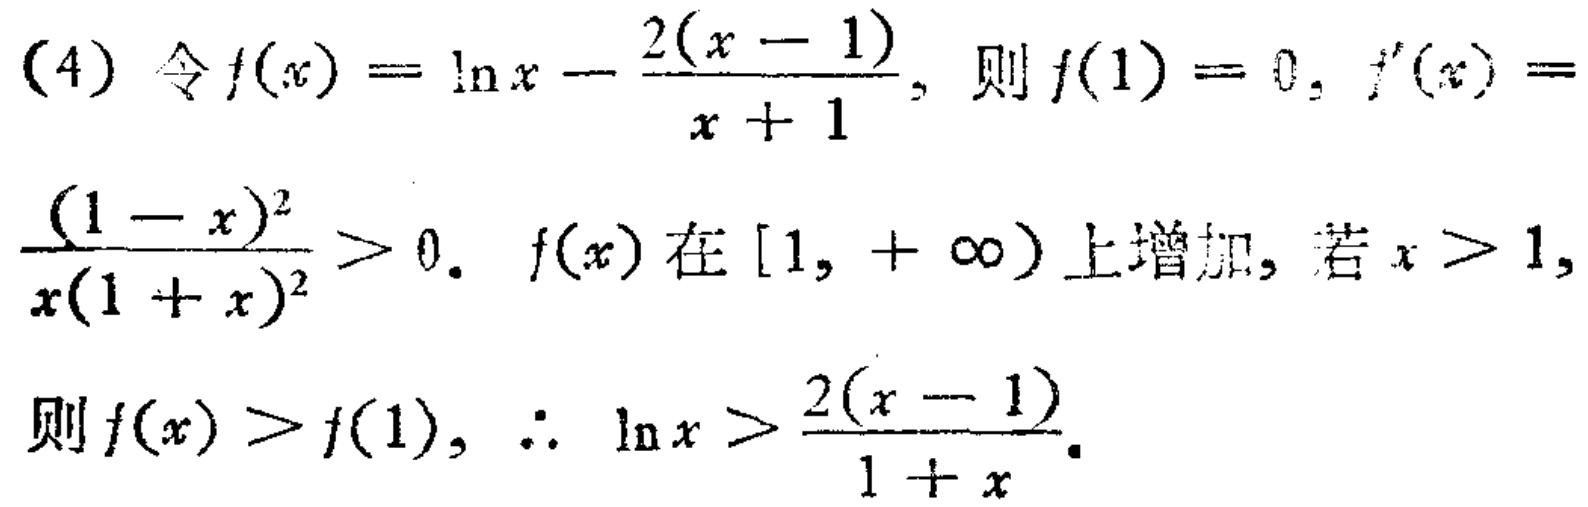
(4) 令\(f(x)=\ln x - \frac{2(x - 1)}{x + 1}\)，则\(f(1)=0\)，\(f^{\prime}(x)=\frac{(1 - x)^2}{x(1 + x)^2}>0\)。\(f(x)\)在\([1, +\infty)\)上增加，若\(x>1\)，则\(f(x)>f(1)\)，\(\therefore \ln x>\frac{2(x - 1)}{1 + x}\)。